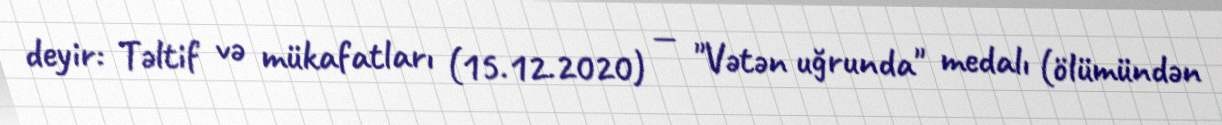
deyir: Təltif və mükafatları (15.12.2020) — "Vətən uğrunda" medalı (ölümündən